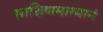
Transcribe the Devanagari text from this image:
साक्षिणमात्मानं